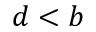
d < b